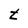
Character: t